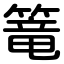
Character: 篭